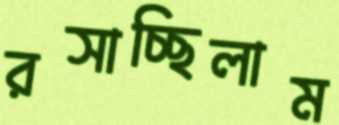
রসাচ্ছিলাম